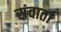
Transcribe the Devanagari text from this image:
संवार्ता